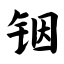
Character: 铟